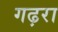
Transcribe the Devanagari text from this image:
गढ़रा